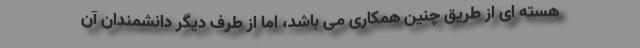
هسته ای از طریق چنین همکاری می باشد، اما از طرف دیگر دانشمندان آن